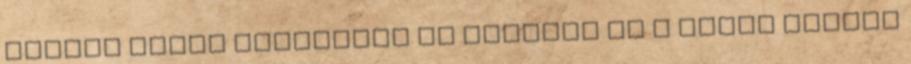
lányok igazi csemegéje az Lautner és a többi farkas